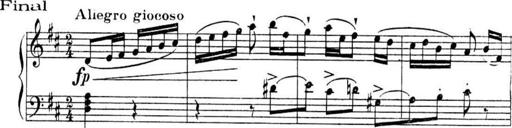
Title: Sonatines
Composer: Hedwige ChrÃ©tien